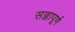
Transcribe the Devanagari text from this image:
सज्जापूर्ण